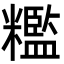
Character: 糮